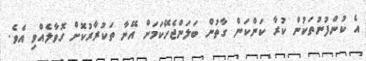
އެ ކުންފުނުތަކުން ކުރާ ކަންކަން ގާތުން ބަލަންޖެހޭކަމަށް އޭނާ ތަކުރާރުކޮށް ގޮވާލެއްވި އެވެ.